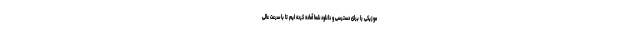
موزیکی را برای دسترسی و دانلود شما آماده کرده ایم تا با سرعت عالی